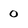
Character: 0